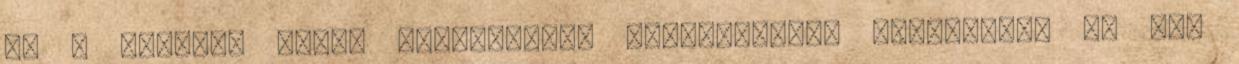
és a valóság minél sokoldalúbb bemutatására törekszik. Ha azt